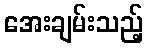
အေးချမ်းသည့်